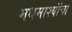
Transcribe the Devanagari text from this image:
मधमाश्यांंचा